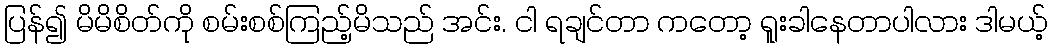
ပြန်၍ မိမိစိတ်ကို စမ်းစစ်ကြည့်မိသည် အင်း. ငါ ရချင်တာ ကတော့ ရူးခါနေတာပါလား ဒါမယ့်